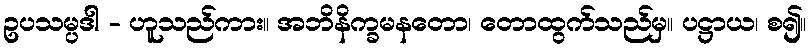
ဥပသမ္ပဒါ - ဟူသည်ကား။ အဘိနိက္ခမနတော၊ တောထွက်သည်မှ။ ပဋ္ဌာယ၊ စ၍။